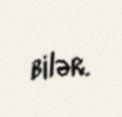
bilər.